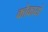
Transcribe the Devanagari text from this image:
कोकायो